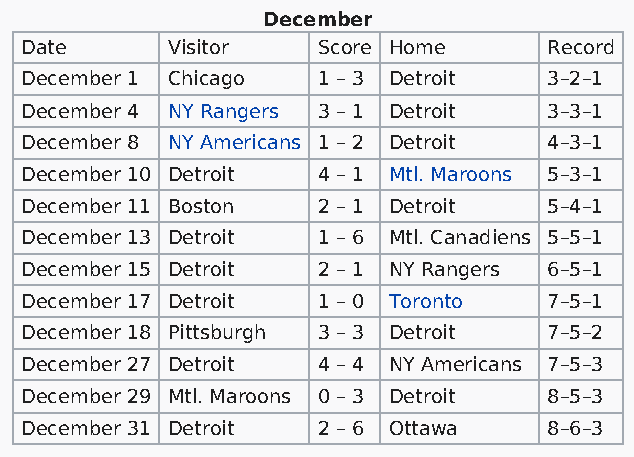
December
 Date      Visitor   Score Home     Record
 December 1 Chicago  1 – 3 Detroit  3–2–1
 December 4 NY Rangers 3 – 1 Detroit 3–3–1
 December 8 NY Americans 1 – 2 Detroit 4–3–1
 December 10 Detroit 4 – 1 Mtl. Maroons 5–3–1
 December 11 Boston  2 – 1 Detroit  5–4–1
 December 13 Detroit 1 – 6 Mtl. Canadiens 5–5–1
 December 15 Detroit 2 – 1 NY Rangers 6–5–1
 December 17 Detroit 1 – 0 Toronto  7–5–1
 December 18 Pittsburgh 3 – 3 Detroit 7–5–2
 December 27 Detroit 4 – 4 NY Americans 7–5–3
 December 29 Mtl. Maroons 0 – 3 Detroit 8–5–3
 December 31 Detroit 2 – 6 Ottawa   8–6–3